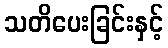
သတိပေးခြင်းနှင့်